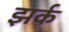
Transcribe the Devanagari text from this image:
झर्क